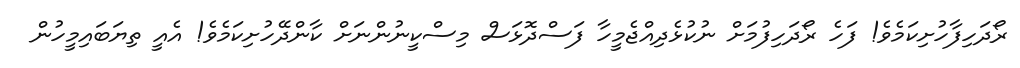
ރޯދަހިފާހުށިކަމެވެ! ފަހެ ރޯދަހިފުމަށް ނުކުޅެދިއްޖެމީހާ ފަސްދޮޅަސް މިސްކީނުންނަށް ކާންދޭހުށިކަމެވެ! އެއީ ތިޔަބައިމީހުން